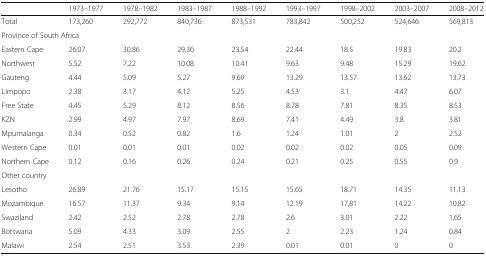
<table><thead><tr><td></td><td><b>1973–1977</b></td><td><b>1978–1982</b></td><td><b>1983–1987</b></td><td><b>1988–1992</b></td><td><b>1993–1997</b></td><td><b>1998–2002</b></td><td><b>2003–2007</b></td><td><b>2008–2012</b></td></tr></thead><tbody><tr><td>Total</td><td>173,260</td><td>292,772</td><td>840,736</td><td>873,531</td><td>783,842</td><td>500,252</td><td>524,646</td><td>569,813</td></tr><tr><td colspan="9">Province of South Africa</td></tr><tr><td>Eastern Cape</td><td>26.07</td><td>30.86</td><td>29.36</td><td>23.54</td><td>22.44</td><td>18.5</td><td>19.83</td><td>20.2</td></tr><tr><td>Northwest</td><td>5.52</td><td>7.22</td><td>10.08</td><td>10.41</td><td>9.63</td><td>9.48</td><td>15.29</td><td>19.62</td></tr><tr><td>Gauteng</td><td>4.44</td><td>5.09</td><td>5.27</td><td>9.69</td><td>13.29</td><td>13.57</td><td>13.62</td><td>13.73</td></tr><tr><td>Limpopo</td><td>2.38</td><td>3.17</td><td>4.12</td><td>5.25</td><td>4.53</td><td>3.1</td><td>4.47</td><td>6.07</td></tr><tr><td>Free State</td><td>4.45</td><td>5.29</td><td>8.12</td><td>8.56</td><td>8.78</td><td>7.81</td><td>8.35</td><td>8.53</td></tr><tr><td>KZN</td><td>2.99</td><td>4.97</td><td>7.97</td><td>8.69</td><td>7.41</td><td>4.49</td><td>3.8</td><td>3.81</td></tr><tr><td>Mpumalanga</td><td>0.34</td><td>0.52</td><td>0.82</td><td>1.6</td><td>1.24</td><td>1.01</td><td>2</td><td>2.52</td></tr><tr><td>Western Cape</td><td>0.01</td><td>0.01</td><td>0.01</td><td>0.02</td><td>0.02</td><td>0.02</td><td>0.05</td><td>0.09</td></tr><tr><td>Northern Cape</td><td>0.12</td><td>0.16</td><td>0.26</td><td>0.24</td><td>0.21</td><td>0.25</td><td>0.55</td><td>0.9</td></tr><tr><td colspan="9">Other country</td></tr><tr><td>Lesotho</td><td>26.89</td><td>21.76</td><td>15.17</td><td>15.15</td><td>15.65</td><td>18.71</td><td>14.35</td><td>11.13</td></tr><tr><td>Mozambique</td><td>16.57</td><td>11.37</td><td>9.34</td><td>9.14</td><td>12.19</td><td>17.81</td><td>14.22</td><td>10.82</td></tr><tr><td>Swaziland</td><td>2.42</td><td>2.52</td><td>2.78</td><td>2.78</td><td>2.6</td><td>3.01</td><td>2.22</td><td>1.65</td></tr><tr><td>Botswana</td><td>5.09</td><td>4.33</td><td>3.09</td><td>2.55</td><td>2</td><td>2.23</td><td>1.24</td><td>0.84</td></tr><tr><td>Malawi</td><td>2.54</td><td>2.51</td><td>3.53</td><td>2.39</td><td>0.01</td><td>0.01</td><td>0</td><td>0</td></tr></tbody></table>